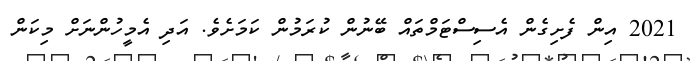
2021 އިން ފެށިގެން އެސިސްޓަމްތައް ބޭނުން ކުރަމުން ކަމަށެވެ. އަދި އެމީހުންނަށް މިކަން